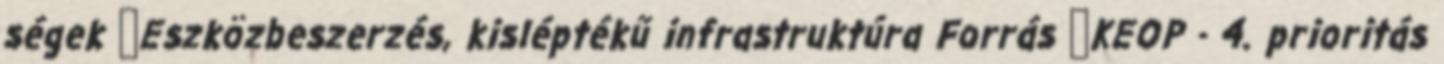
ségek ▪Eszközbeszerzés, kisléptékű infrastruktúra Forrás ▪KEOP - 4. prioritás